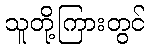
သူတို့ကြားတွင်